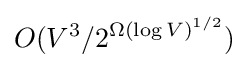
O(V^{3}/2^{\Omega (\log V)^{1/2}})